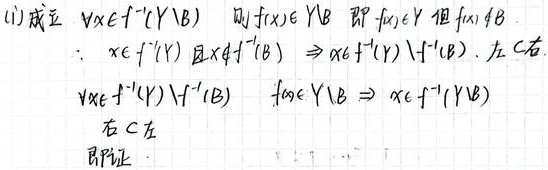
(1) 成立 $\forall x\in f^{-1}(Y\setminus B)$ 则 $f(x)\in Y\setminus B$ 即 $f(x)\in Y$ 但 $f(x)\notin B$.
$\because x\in f^{-1}(Y)$ 且 $x\notin f^{-1}(B)\Rightarrow x\in f^{-1}(Y)\setminus f^{-1}(B)$. 左 $\subseteq$ 右
$\forall x\in f^{-1}(Y)\setminus f^{-1}(B)$ $f(x)\in Y\setminus B\Rightarrow x\in f^{-1}(Y\setminus B)$
右 $\subseteq$ 左
即证.